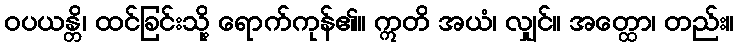
ဝပယန္တိ၊ ထင်ခြင်းသို့ ရောက်ကုန်၏။ ဣတိ အယံ၊ လျှင်။ အတ္ထော၊ တည်း။